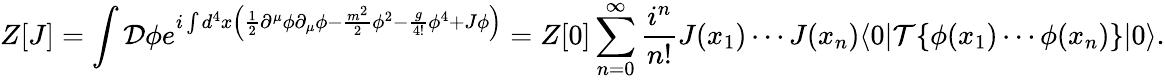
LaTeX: Z[J]=\int{\mathcal{D}}\phi e^{i\int d^{4}x\left({\frac{1}{2}}\partial^{\mu}\phi\partial_{\mu}\phi-{\frac{m^{2}}{2}}\phi^{2}-{\frac{g}{4!}}\phi^{4}+J\phi\right)}=Z[0]\sum_{n=0}^{\infty}{\frac{i^{n}}{n!}}J(x_{1})\cdots J(x_{n})\langle 0|{\mathcal{T}}\{ \phi(x_{1})\cdots\phi(x_{n})\} |0\rangle.